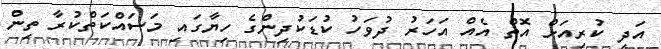
އަދި ކުރިއަށް އޮތް އެއް އަހަރު ދުވަހު ކުޑަކުދިންގެ ހިޔާގައި މަސައްކަތްކުރާ ތިން